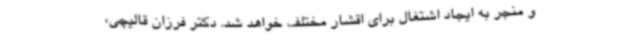
و منجر به ایجاد اشتغال برای اقشار مختلف خواهد شد. دکتر فرزان قالیچی،